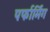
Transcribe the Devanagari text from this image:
पर्फार्मिंग